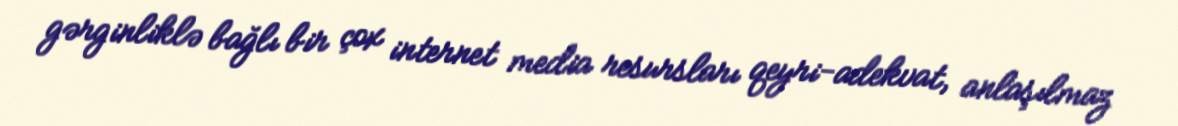
gərginliklə bağlı bir çox internet media resursları qeyri-adekvat, anlaşılmaz